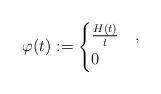
LaTeX: \begin{align*}\varphi(t):=\begin{cases} \frac{H(t)}{t} &,\\ 0& \end{cases} \end{align*}